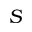
S